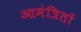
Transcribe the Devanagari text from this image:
आमंत्रितों